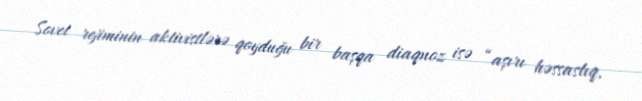
Sovet rejiminin aktivistlərə qoyduğu bir başqa diaqnoz isə “aşırı həssaslıq,